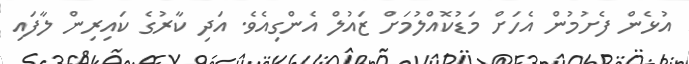
އުޅެން ފެށުމުން އެހަށް މަޑުކޮއްލުމަށް ޒައުލް އެންގިއެވެ. އަދި ކާރުގެ ކައިރިން ލާފައި